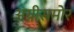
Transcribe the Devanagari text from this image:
अग्नीसमोर